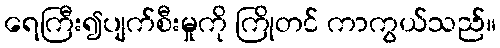
ရေကြီး၍ပျက်စီးမှုကို ကြိုတင် ကာကွယ်သည်။